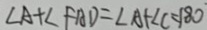
\angle A + \angle F A D = \angle A + \angle C = 1 8 0 ^ { \circ }